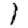
Digit: 1